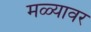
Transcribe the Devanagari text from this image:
मळ्यावर